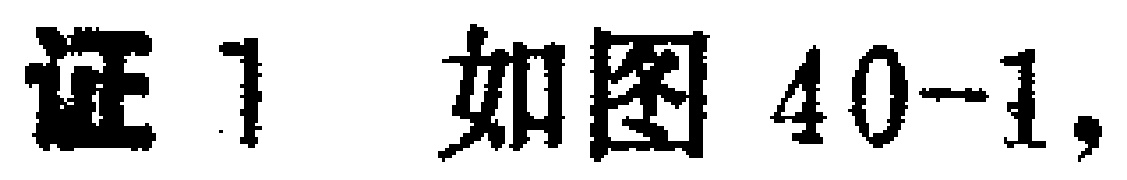
证1 如图40-1,